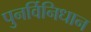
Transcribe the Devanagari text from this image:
पुनर्विनिधान